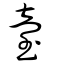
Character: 臺